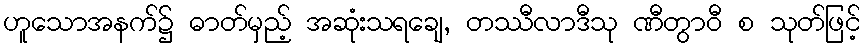
ဟူသောအနက်၌ ဓာတ်မှည့် အဆုံးသရချေ, တဿီလာဒီသု ဏီတွာဝီ စ သုတ်ဖြင့်